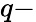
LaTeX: q-